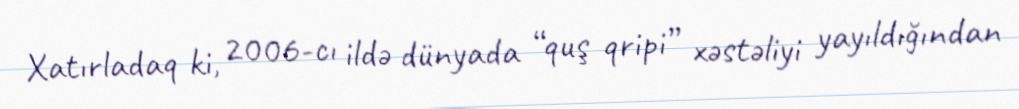
Xatırladaq ki, 2006-cı ildə dünyada “quş qripi” xəstəliyi yayıldığından